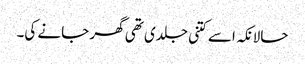
حالانکہ اسے کتنی جلدی تھی گھر جانے کی۔